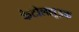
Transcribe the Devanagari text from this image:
कैटोलह्यूइक